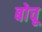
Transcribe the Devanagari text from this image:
बोचू